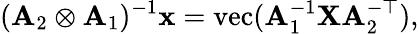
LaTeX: (\mathbf{A}_{2}\otimes\mathbf{A}_{1})^{-1}\mathbf{x}=\mathrm{vec}(\mathbf{A}_{1}^{-1}\mathbf{X}\mathbf{A}_{2}^{-\top}),